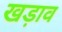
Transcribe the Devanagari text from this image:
खड़ाव